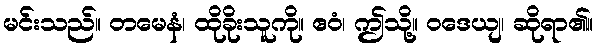
မင်းသည်။ တမေနံ၊ ထိုခိုးသူကို။ ဧဝံ၊ ဤသို့။ ဝဒေယျ၊ ဆိုရာ၏။